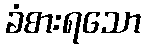
ခံစားရသော